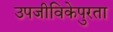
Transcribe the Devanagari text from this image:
उपजीविकेपुरता